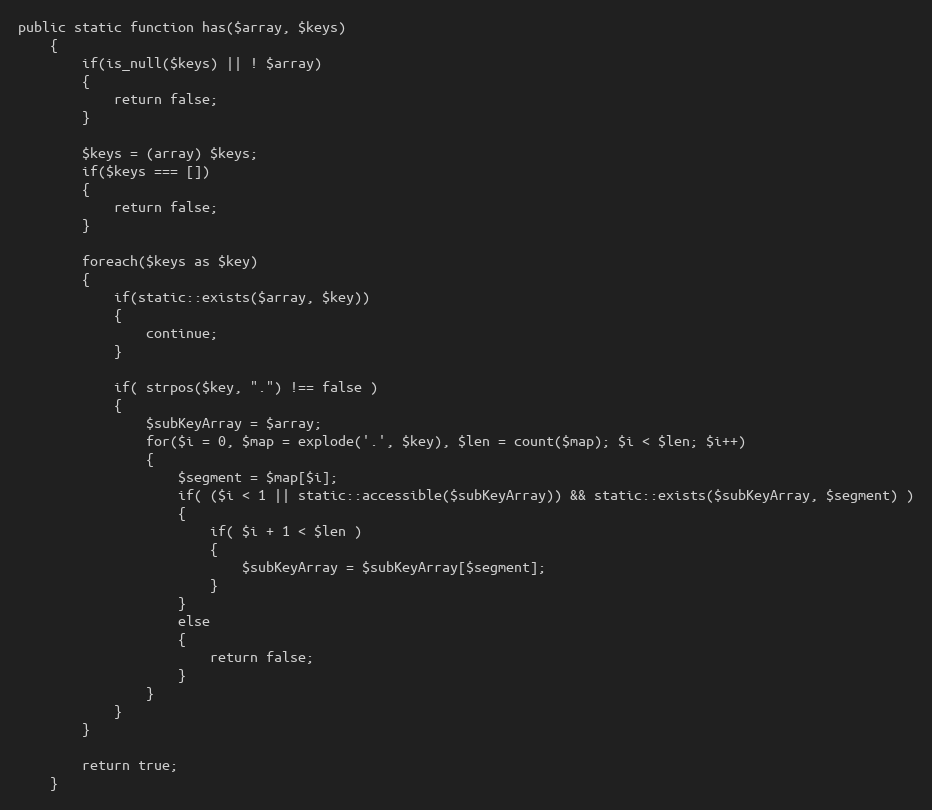
Language: PHP
public static function has($array, $keys)
	{
		if(is_null($keys) || ! $array)
		{
			return false;
		}

		$keys = (array) $keys;
		if($keys === [])
		{
			return false;
		}

		foreach($keys as $key)
		{
			if(static::exists($array, $key))
			{
				continue;
			}

			if( strpos($key, ".") !== false )
			{
				$subKeyArray = $array;
				for($i = 0, $map = explode('.', $key), $len = count($map); $i < $len; $i++)
				{
					$segment = $map[$i];
					if( ($i < 1 || static::accessible($subKeyArray)) && static::exists($subKeyArray, $segment) )
					{
						if( $i + 1 < $len )
						{
							$subKeyArray = $subKeyArray[$segment];
						}
					}
					else
					{
						return false;
					}
				}
			}
		}

		return true;
	}